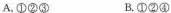
A.①②② B.①②④